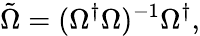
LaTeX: \tilde{\Omega}=(\Omega^{\dagger}\Omega)^{-1}\Omega^{\dagger},